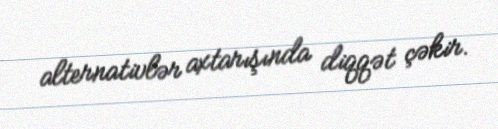
alternativlər axtarışında diqqət çəkir.